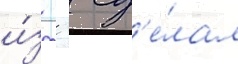
и́з   сд'е́лал